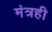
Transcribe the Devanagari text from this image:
मंत्रही